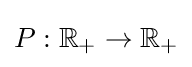
P:\mathbb {R} _{+}\to \mathbb {R} _{+}